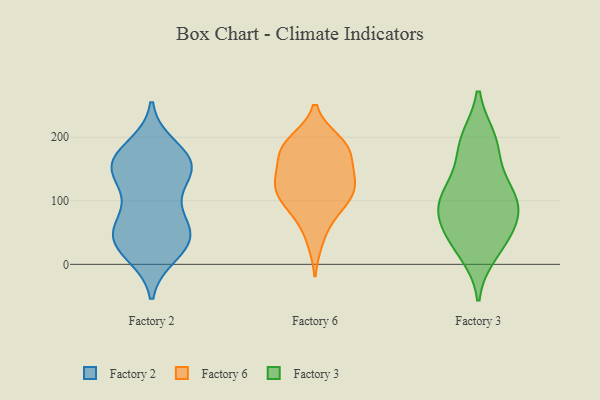
{"axis": {"x": "Bounce Rate (%)", "y": "Value"}, "legend": ["Factory 2", "Factory 3", "Factory 6"], "data": [{"x": "", "y": 37, "type": "Factory 2"}, {"x": "", "y": 35, "type": "Factory 2"}, {"x": "", "y": 56, "type": "Factory 2"}, {"x": "", "y": 80, "type": "Factory 2"}, {"x": "", "y": 64, "type": "Factory 2"}, {"x": "", "y": 160, "type": "Factory 2"}, {"x": "", "y": 158, "type": "Factory 2"}, {"x": "", "y": 18, "type": "Factory 2"}, {"x": "", "y": 183, "type": "Factory 2"}, {"x": "", "y": 153, "type": "Factory 2"}, {"x": "", "y": 157, "type": "Factory 2"}, {"x": "", "y": 35, "type": "Factory 2"}, {"x": "", "y": 119, "type": "Factory 2"}, {"x": "", "y": 150, "type": "Factory 2"}, {"x": "", "y": 37, "type": "Factory 2"}, {"x": "", "y": 156, "type": "Factory 2"}, {"x": "", "y": 130, "type": "Factory 6"}, {"x": "", "y": 179, "type": "Factory 6"}, {"x": "", "y": 121, "type": "Factory 6"}, {"x": "", "y": 94, "type": "Factory 6"}, {"x": "", "y": 159, "type": "Factory 6"}, {"x": "", "y": 38, "type": "Factory 6"}, {"x": "", "y": 184, "type": "Factory 6"}, {"x": "", "y": 79, "type": "Factory 6"}, {"x": "", "y": 117, "type": "Factory 6"}, {"x": "", "y": 193, "type": "Factory 6"}, {"x": "", "y": 194, "type": "Factory 6"}, {"x": "", "y": 127, "type": "Factory 6"}, {"x": "", "y": 173, "type": "Factory 6"}, {"x": "", "y": 132, "type": "Factory 6"}, {"x": "", "y": 94, "type": "Factory 6"}, {"x": "", "y": 94, "type": "Factory 3"}, {"x": "", "y": 175, "type": "Factory 3"}, {"x": "", "y": 76, "type": "Factory 3"}, {"x": "", "y": 111, "type": "Factory 3"}, {"x": "", "y": 197, "type": "Factory 3"}, {"x": "", "y": 129, "type": "Factory 3"}, {"x": "", "y": 34, "type": "Factory 3"}, {"x": "", "y": 197, "type": "Factory 3"}, {"x": "", "y": 42, "type": "Factory 3"}, {"x": "", "y": 91, "type": "Factory 3"}, {"x": "", "y": 65, "type": "Factory 3"}, {"x": "", "y": 104, "type": "Factory 3"}, {"x": "", "y": 18, "type": "Factory 3"}]}